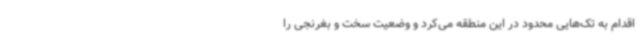
اقدام به تک‌هایی محدود در این منطقه می‌کرد و وضعیت سخت و بغرنجی را